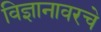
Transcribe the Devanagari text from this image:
विज्ञानावरचे